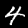
Digit: 4